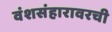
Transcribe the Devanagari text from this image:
वंशसंहारावरची